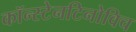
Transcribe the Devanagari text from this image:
कॉन्स्टेनटिनोविच